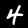
Digit: 4